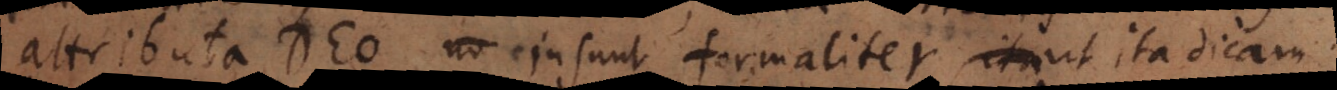
attributa Deo insunt formaliter ut ita dicam